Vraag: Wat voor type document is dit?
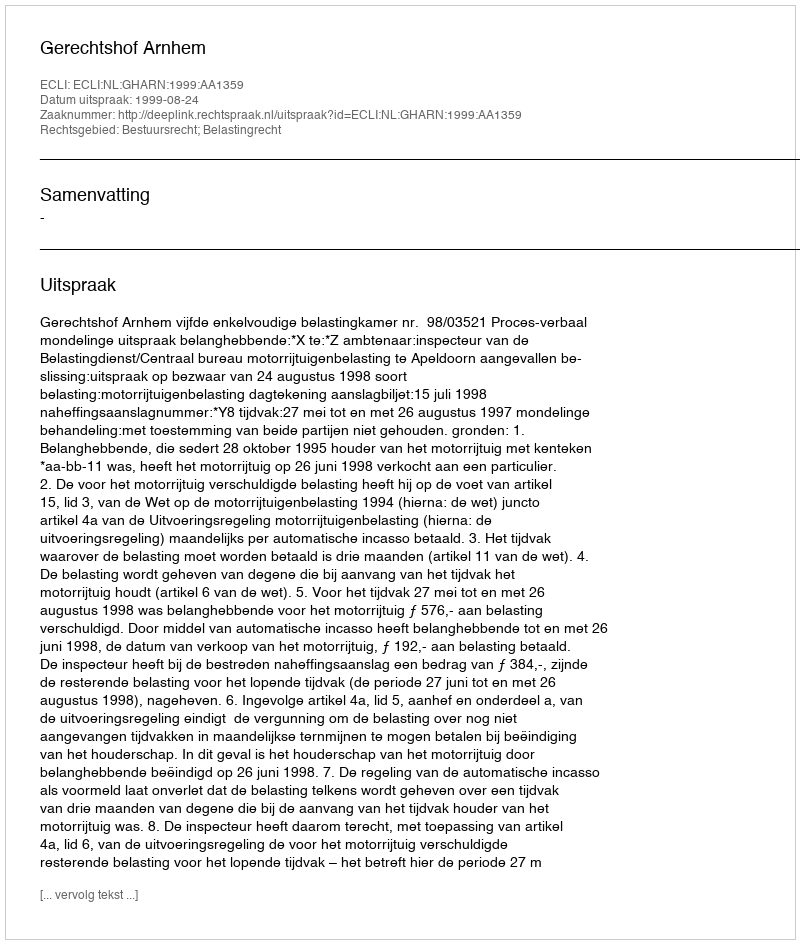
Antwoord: Uitspraak